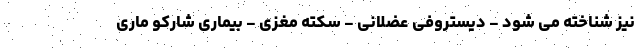
نیز شناخته می شود - دیستروفی عضلانی - سکته مغزی - بیماری شارکو ماری